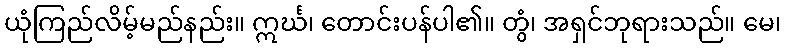
ယုံကြည်လိမ့်မည်နည်း။ ဣင်္ဃ၊ တောင်းပန်ပါ၏။ တွံ၊ အရှင်ဘုရားသည်။ မေ၊